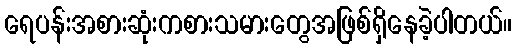
ရေပန်းအစားဆုံးကစားသမားတွေအဖြစ်ရှိနေခဲ့ပါတယ်။